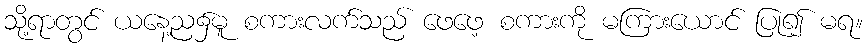
သို့ရာတွင် ယနေ့ည၌မူ စကားလက်သည် ဖေဖေ့ စကားကို မကြားယောင် ပြု၍ မရ။